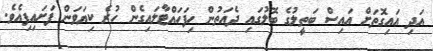
އަދި އައިގޮތަށް އައިސް ބަތީލުގެ ބޮލުގައި ދެއަތުން ހިފަހައްޓާލައިގެން ހުރެ ކިޔަވަން ފަށައިފިއެވެ.